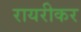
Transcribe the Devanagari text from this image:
रायरीकर